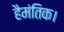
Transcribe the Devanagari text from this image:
हैमंतिक।